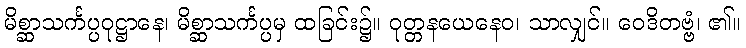
မိစ္ဆာသင်္ကပ္ပဝုဋ္ဌာနေ၊ မိစ္ဆာသင်္ကပ္ပမှ ထခြင်း၌။ ဝုတ္တနယေနေဝ၊ သာလျှင်။ ဝေဒိတဗ္ဗံ၊ ၏။